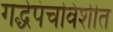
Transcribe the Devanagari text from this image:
गद्धेपंचविशीत